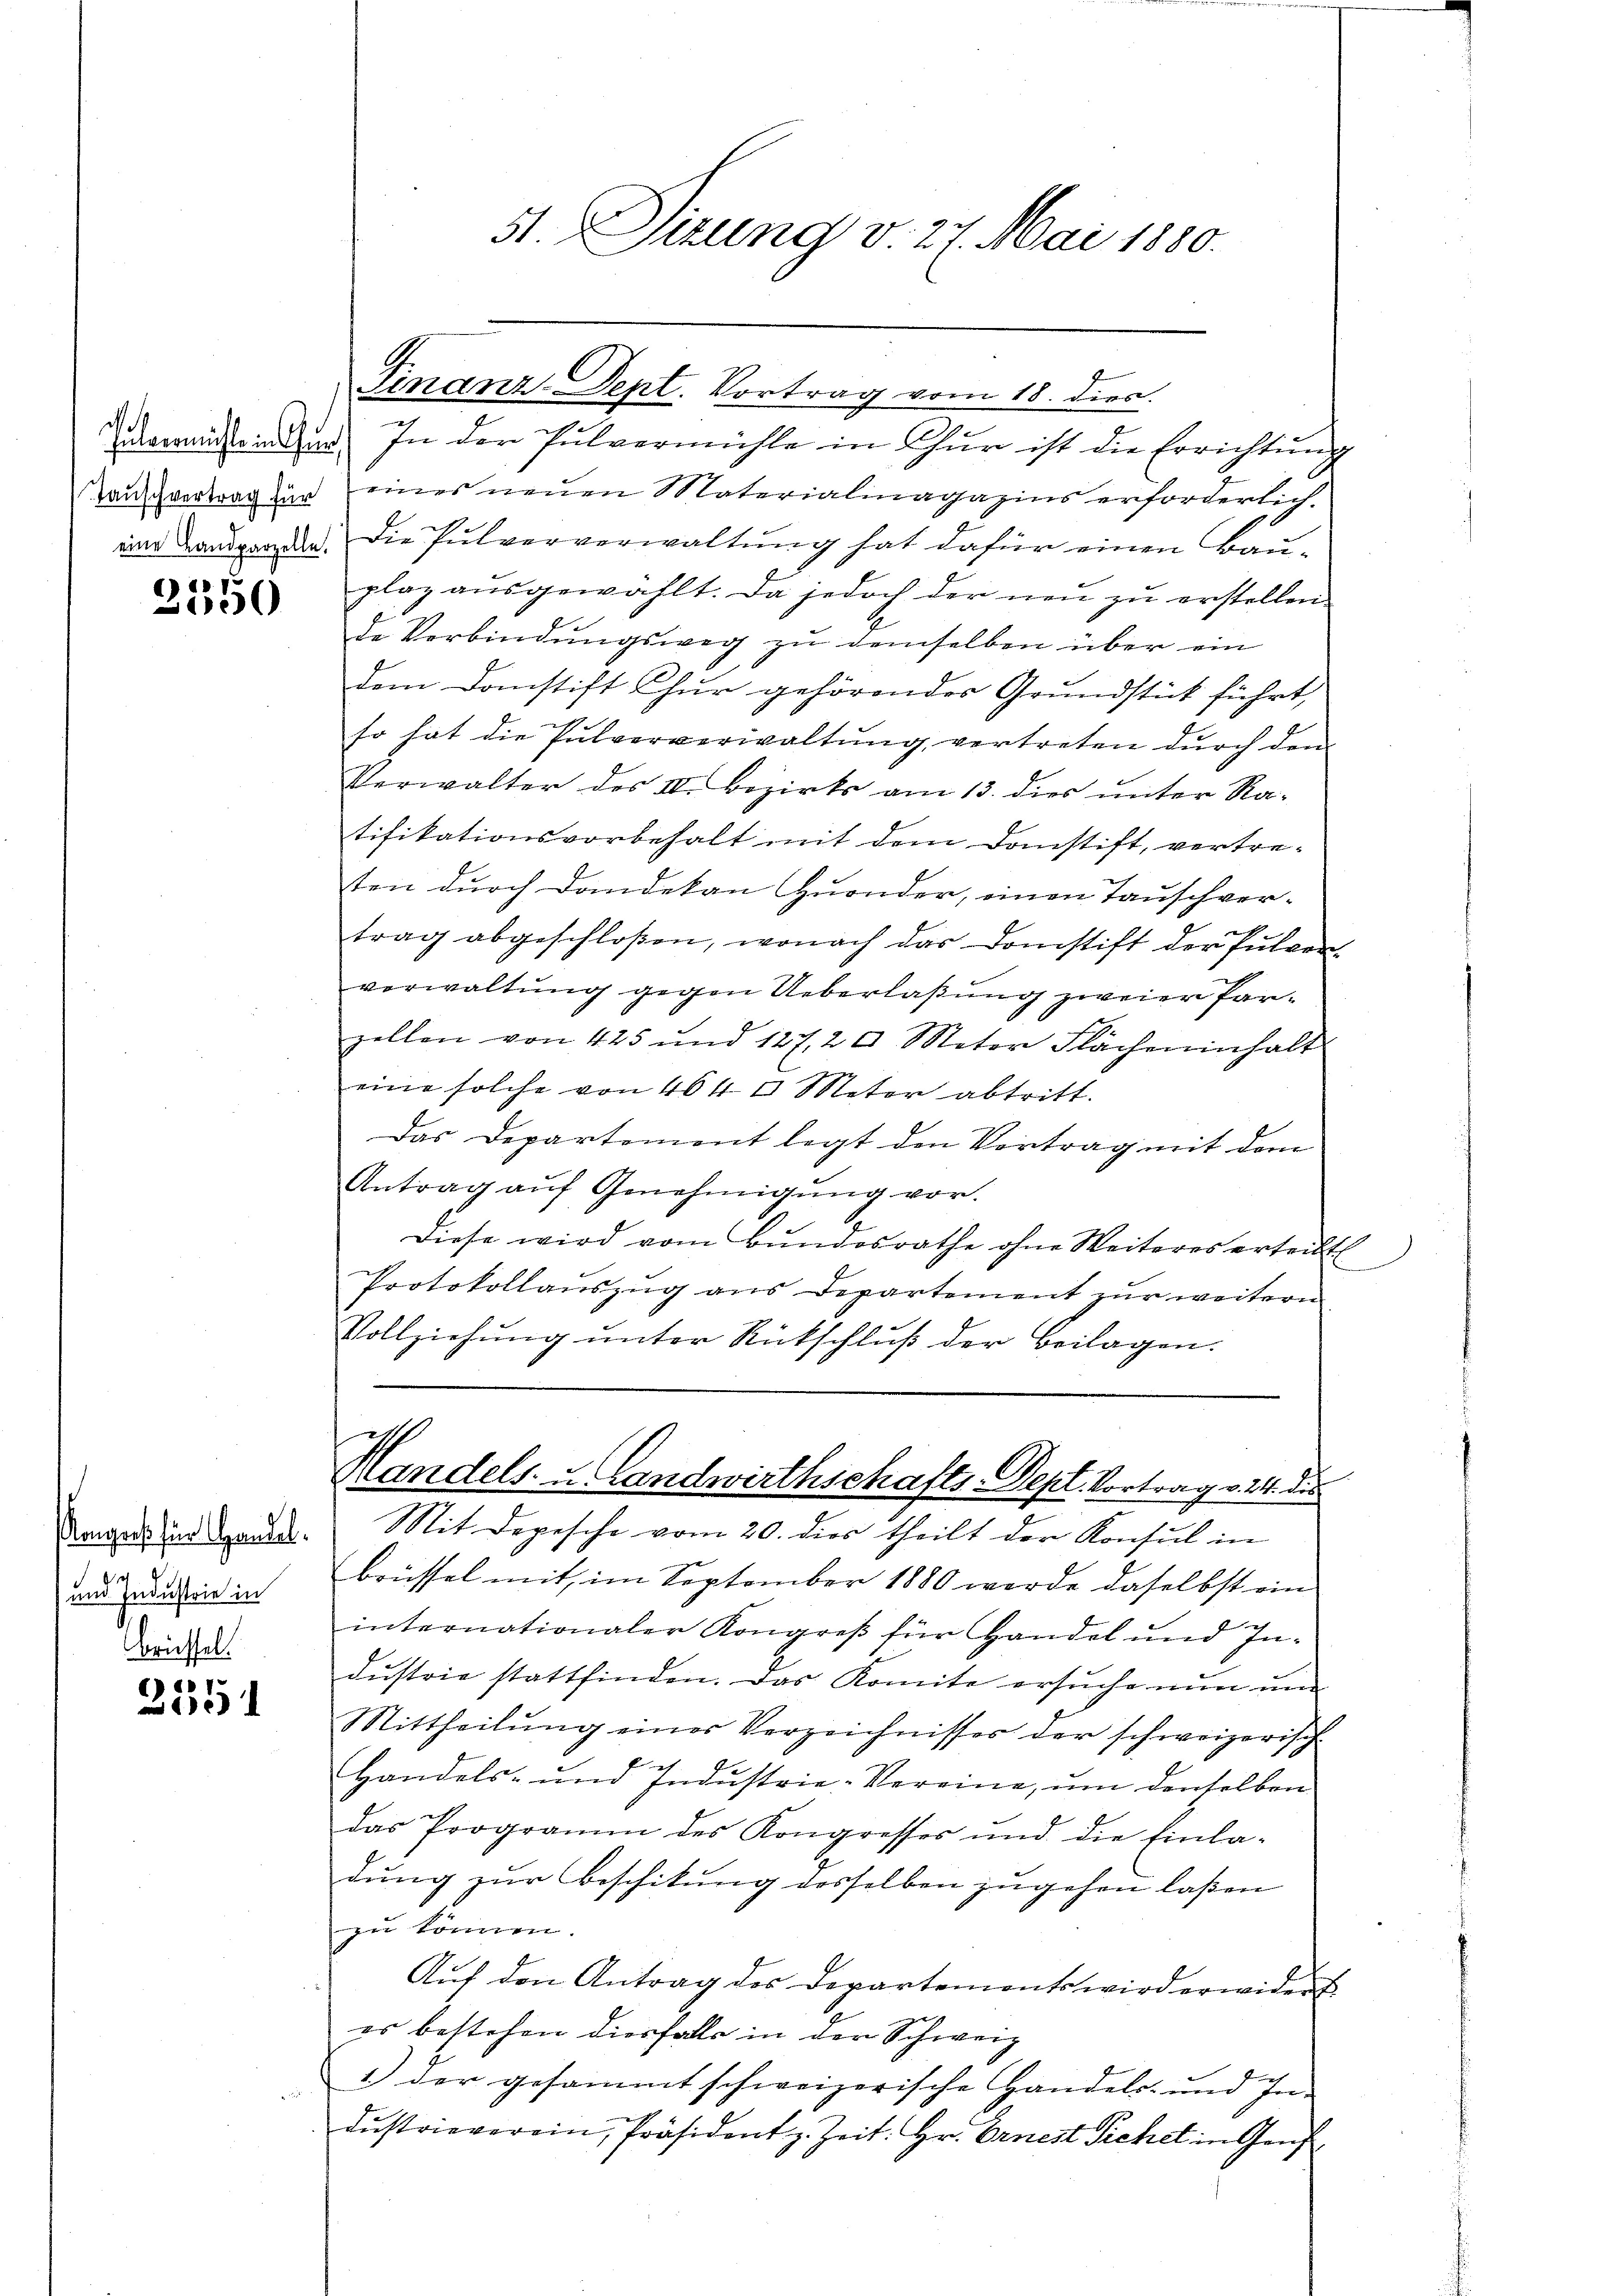
Julermühle in Chur,
Tauschvertrag für

a
3050

) und Industrie in
briessel.

6) c 1.
1

In der Pulvermühle in Chur ist die Errichtung
eines neŭen Materialmagazins erforderlich,
im Landgeren. Die Pulververwaltung hat dafür einen Bauplaz ausgewählt. Da jedoch der neu zu erstellen
de Verbindŭngsweg zŭ demselben über ein
dem Danstift Chur gehörendes Grundstück führt,
so hat die Pulververwaltŭng vertreten dŭrch dem
Verwalter des IV. Bezirks am 13. dies unter Ratifikationsvorbehalt mit dem Donstift, vertre-
sten durch Dandekan zuonder, einen Tauschver-
trag abgeschloßen, wonach das Domstift der Pulver-
verwaltung gegen Ueberlaßung zweier Parzellen von 425 und 127, 20 Meter Flächeninhalt
eine solche von 464 0 Meter abtritt.
Das Departement legt den Vortrag mit dem
Antrag aŭf Genehmigŭng vor.
Diese wird vom Bŭndesrathe ohne Weiteres erteilt
Protokollauszug aus Departement zur weitern
Vollziehŭng ŭnter Rückschlŭβ der Beilagen.

51. Situng v. 27. Mai 1880.

Finanz-Dept. Vortrag vom 18. dies.

Handels- u. Landwirthschafts-Depl Vortrag v. 24. dies

Unger in Hande. Mit Depesche vom 20. dies theilt der Konsul in
brüssel mit im September 1880 werde daselbst ein
internationaler Kongreß für Handel und In-
dustrie stattfinden. Das Komite ersuche nun und
Mittheilŭng einer Verzeichnisses der schweizerische
Handels- und Industrie-Vereine, um denselben
das Programm des Kongresses und die Einla-
dung zur Beschikung desselben zugehen laßen
zu können.
Aŭf den Antrag des Departemonts wird erwidert.
es bestehen diesfalls in der Schweiz
1.) der gesammt schweizerische Handels- und In-
dŭstrieverein, Präsident z. Zeit: Hr. Ernest Sichel in Genf